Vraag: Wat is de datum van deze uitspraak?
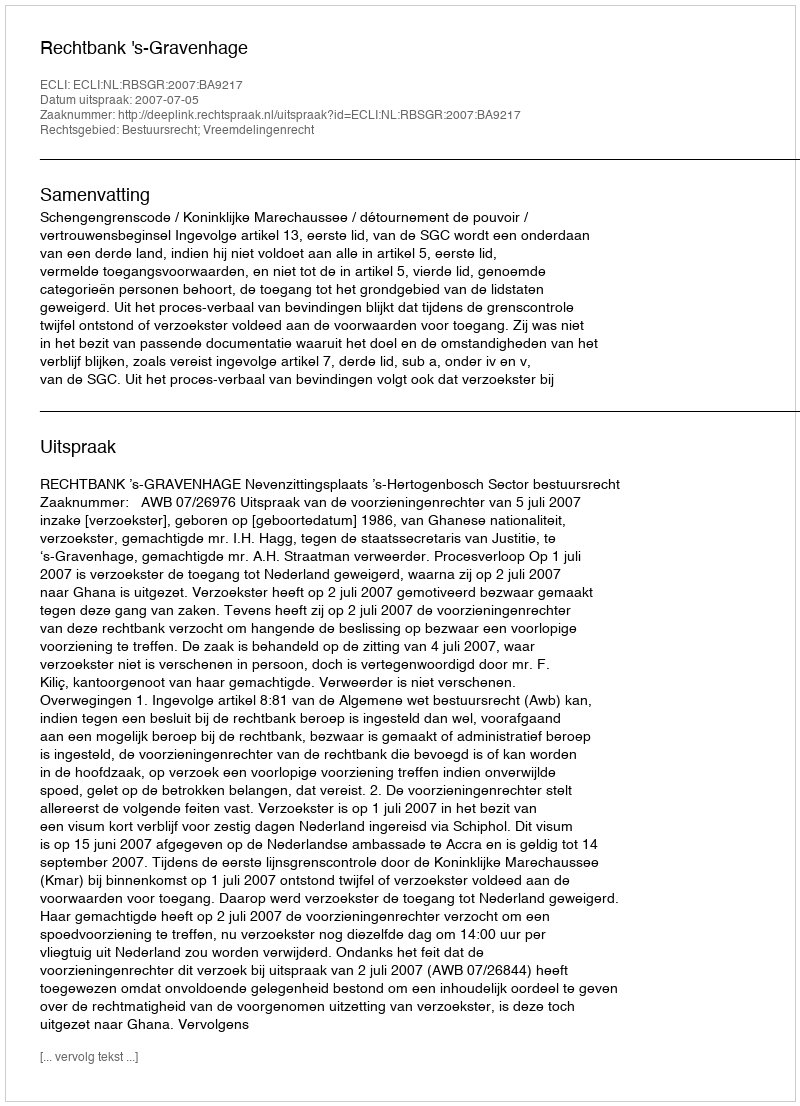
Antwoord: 2007-07-05